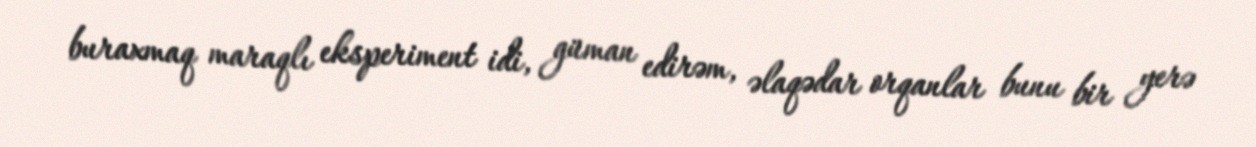
buraxmaq maraqlı eksperiment idi, güman edirəm, əlaqədar orqanlar bunu bir yerə